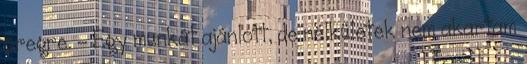
öregre. - Egy munkát ajánlott, de nélkületek nem akartam